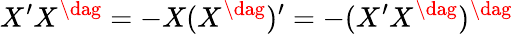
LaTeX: X^{\prime}X^{\dag}=-X(X^{\dag})^{\prime}=-(X^{\prime}X^{\dag})^{\dag}